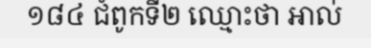
១៨៤ ជំពូកទី២ ឈ្មោះថា អាល់